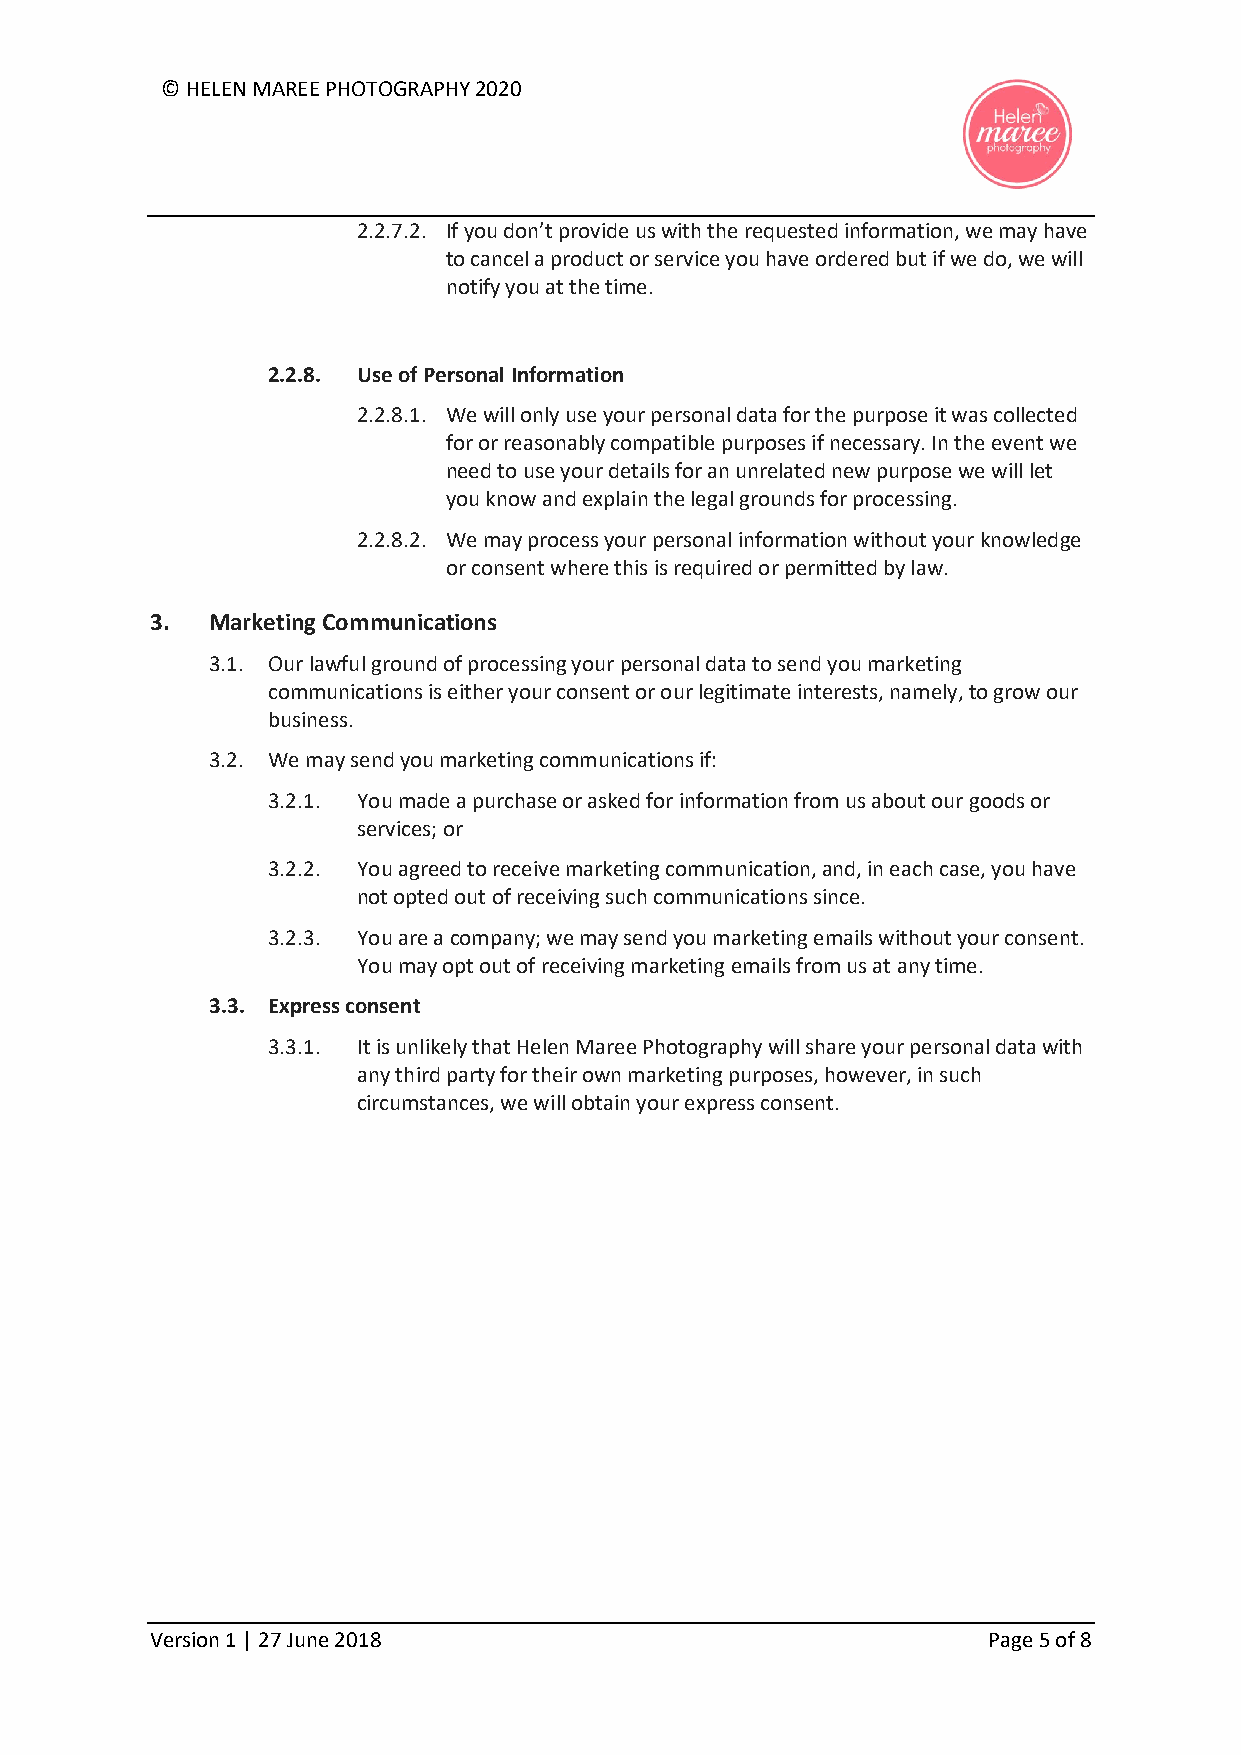
© HELEN MAREE PHOTOGRAPHY 2020
 2.2.7.2. If you don’t provide us with the requested information, we may have
 to cancel a product or service you have ordered but if we do, we will
 notify you at the time.
 2.2.8. Use of Personal Information
 2.2.8.1. We will only use your personal data for the purpose it was collected
 for or reasonably compatible purposes if necessary. In the event we
 need to use your details for an unrelated new purpose we will let
 you know and explain the legal grounds for processing.
 2.2.8.2. We may process your personal information without your knowledge
 or consent where this is required or permitted by law.
 3.  Marketing Communications
 3.1. Our lawful ground of processing your personal data to send you marketing
 communications is either your consent or our legitimate interests, namely, to grow our
 business.
 3.2. We may send you marketing communications if:
 3.2.1. You made a purchase or asked for information from us about our goods or
 services; or
 3.2.2. You agreed to receive marketing communication, and, in each case, you have
 not opted out of receiving such communications since.
 3.2.3. You are a company; we may send you marketing emails without your consent.
 You may opt out of receiving marketing emails from us at any time.
 3.3. Express consent
 3.3.1. It is unlikely that Helen Maree Photography will share your personal data with
 any third party for their own marketing purposes, however, in such
 circumstances, we will obtain your express consent.
 Version 1 | 27 June 2018                               Page 5 of 8